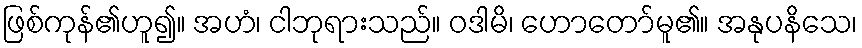
ဖြစ်ကုန်၏ဟူ၍။ အဟံ၊ ငါဘုရားသည်။ ဝဒါမိ၊ ဟောတော်မူ၏။ အနုပနိသေ၊